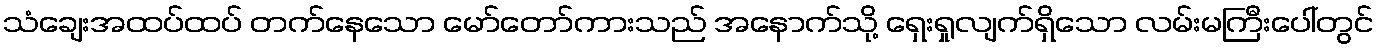
သံချေးအထပ်ထပ် တက်နေသော မော်တော်ကားသည် အနောက်သို့ ရှေးရှုလျက်ရှိသော လမ်းမကြီးပေါ်တွင်